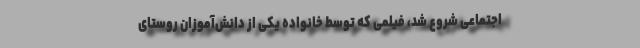
اجتماعی شروع شد، فیلمی که توسط خانواده یکی از دانش‌آموزان روستای